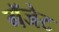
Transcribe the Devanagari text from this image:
गॅजेट